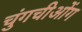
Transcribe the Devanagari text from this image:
चुंगचीओंग